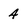
Character: 4